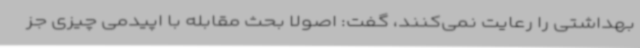
بهداشتی را رعایت نمی‌کنند، گفت: اصولا بحث مقابله با اپیدمی چیزی جز